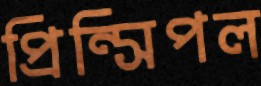
প্রিন্সিপল